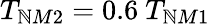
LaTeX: T_{\mathbb{N}M2}=0.6{\ }T_{\mathbb{N}M1}